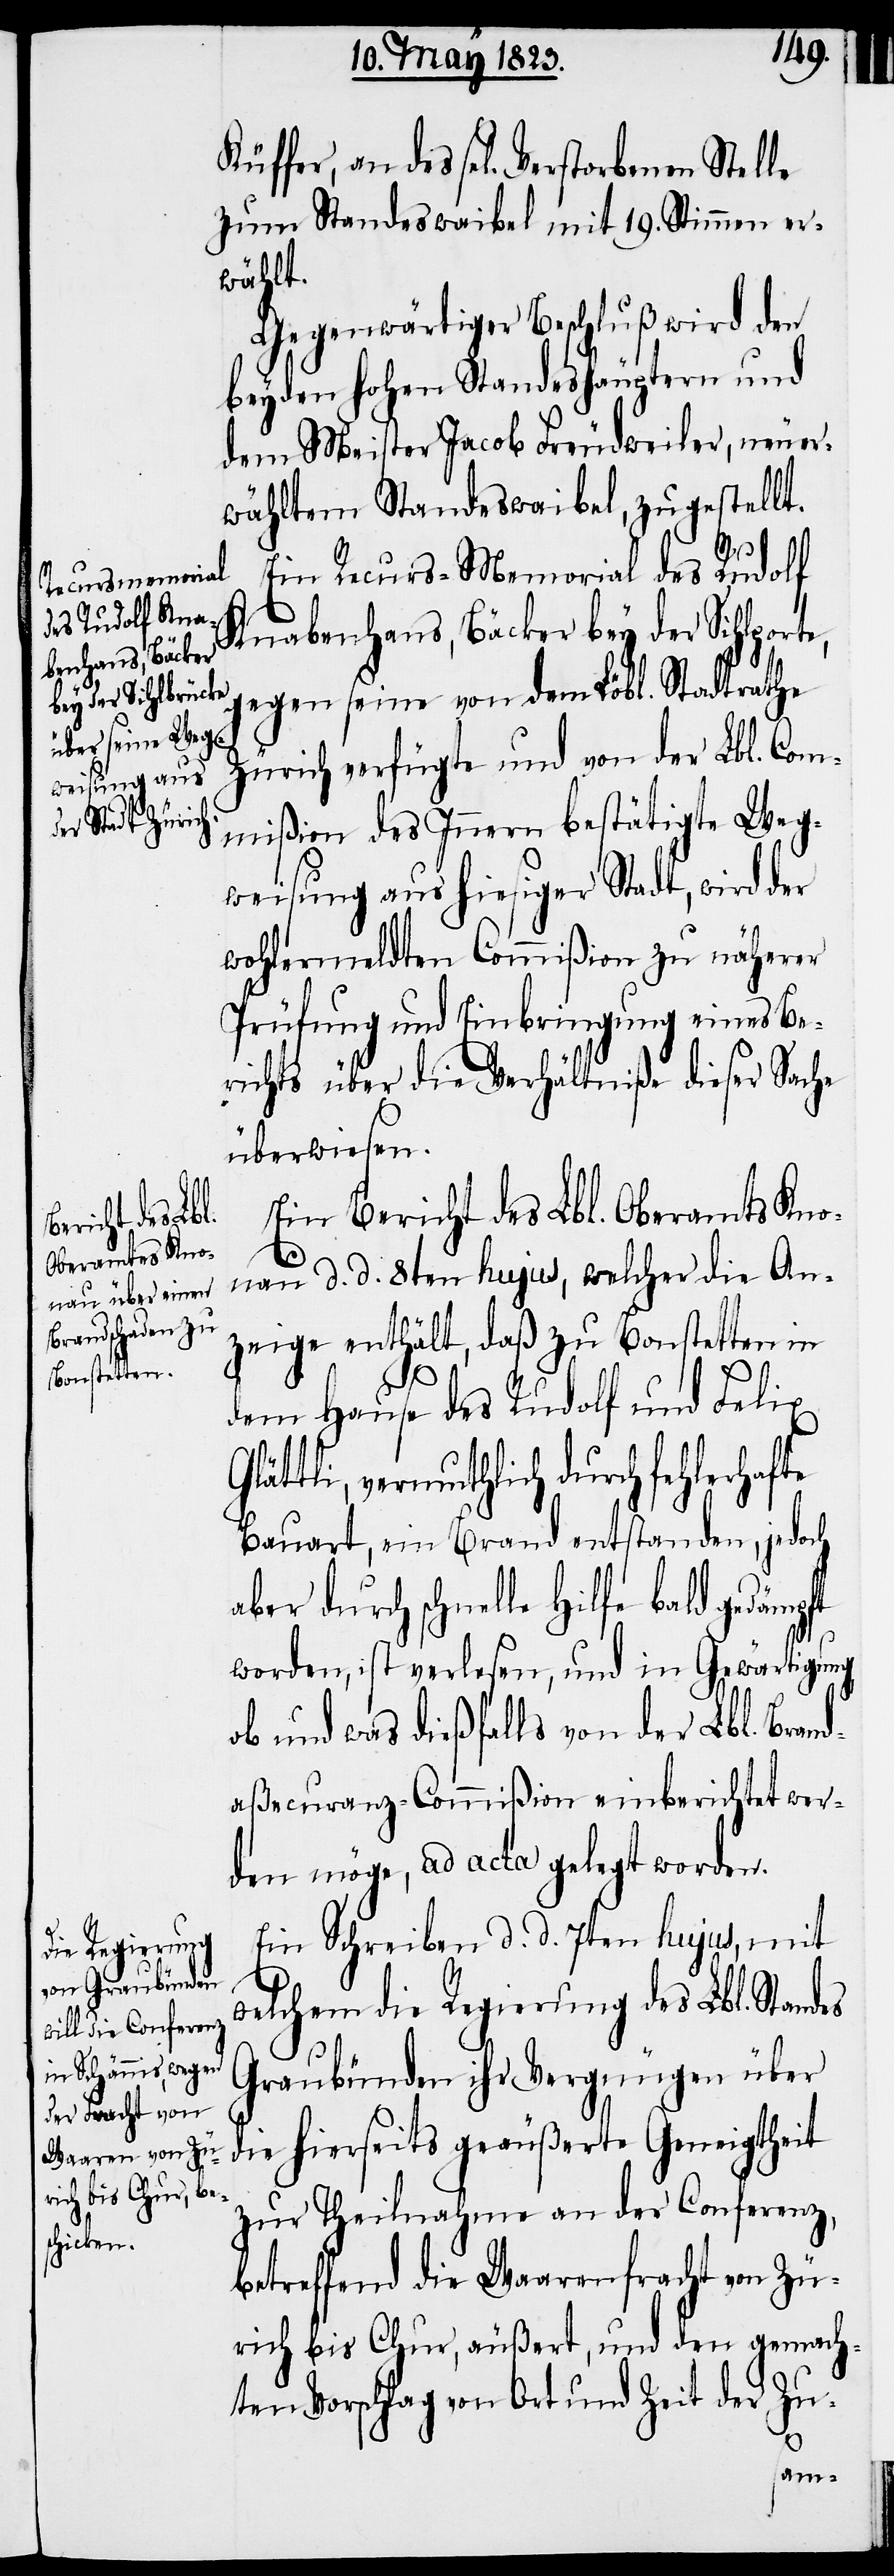
Küffer, an des sel. Verstorbenen Stelle
zum Standeswaibel mit 19. Stimmen er¬
wählt.
Gegenwärtiger Beschluß wird den
beyden hohen Standeshäuptern und
dem Meister Jacob Freudweiler, neuer¬
wähltem Standeswaibel, zugestellt.
Gl¬
Ein Recurs-Memorial des Rudolf
Knabenhans, Bäcker bey der Sihlpor¬
gegen seine von dem Löbl. Stadtrathe
Zürich verfügte und von der Lbl. Com¬
mißion des Innern bestätigte Weg¬
weisung aus hiesiger Stadt, wird der
wohlermeldten Commißion zu näherer
Prüfung und Einbringung eines Be¬
richts über die Verhältniße dieser Sache
überwiesen.
Ein Bericht des Lbl. Oberamts Kno¬
nau d. d. 8ten hujus, welcher die An¬
zeige enthält, daß zu Bonstetten in
dem Hause des Rudolf und Felix
ättli, vermuthlich durch fehlerhafte
Bauart, ein Brand entstanden, jedoch
aber durch schnelle Hilfe bald gedämpft
worden, ist verlesen, und in Gewärtigung,
ob und was dießfalls von der Lbl. Bran¬
daßecuranz-Commißion einberichtet wer¬
den möge, ad acta gelegt worden.
Ein Schreiben d. d. 7ten hujus, mit
welchem die Regierung des Lbl. Standes
Graubünden ihr Vergnügen über
die hierseits geäußerte Geneigtheit
zur Theilnahme an der Conferenz,
betreffend die Waarenfracht von Zü¬
rich bis Chur, äußert, und den gemach¬
ten Vorschlag von Ort und Zeit der Zu-